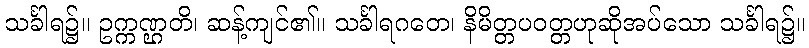
သင်္ခါရ၌။ ဥက္ကဏ္ဌတိ၊ ဆန့်ကျင်၏။ သင်္ခါရဂတေ၊ နိမိတ္တပဝတ္တဟုဆိုအပ်သော သင်္ခါရ၌။